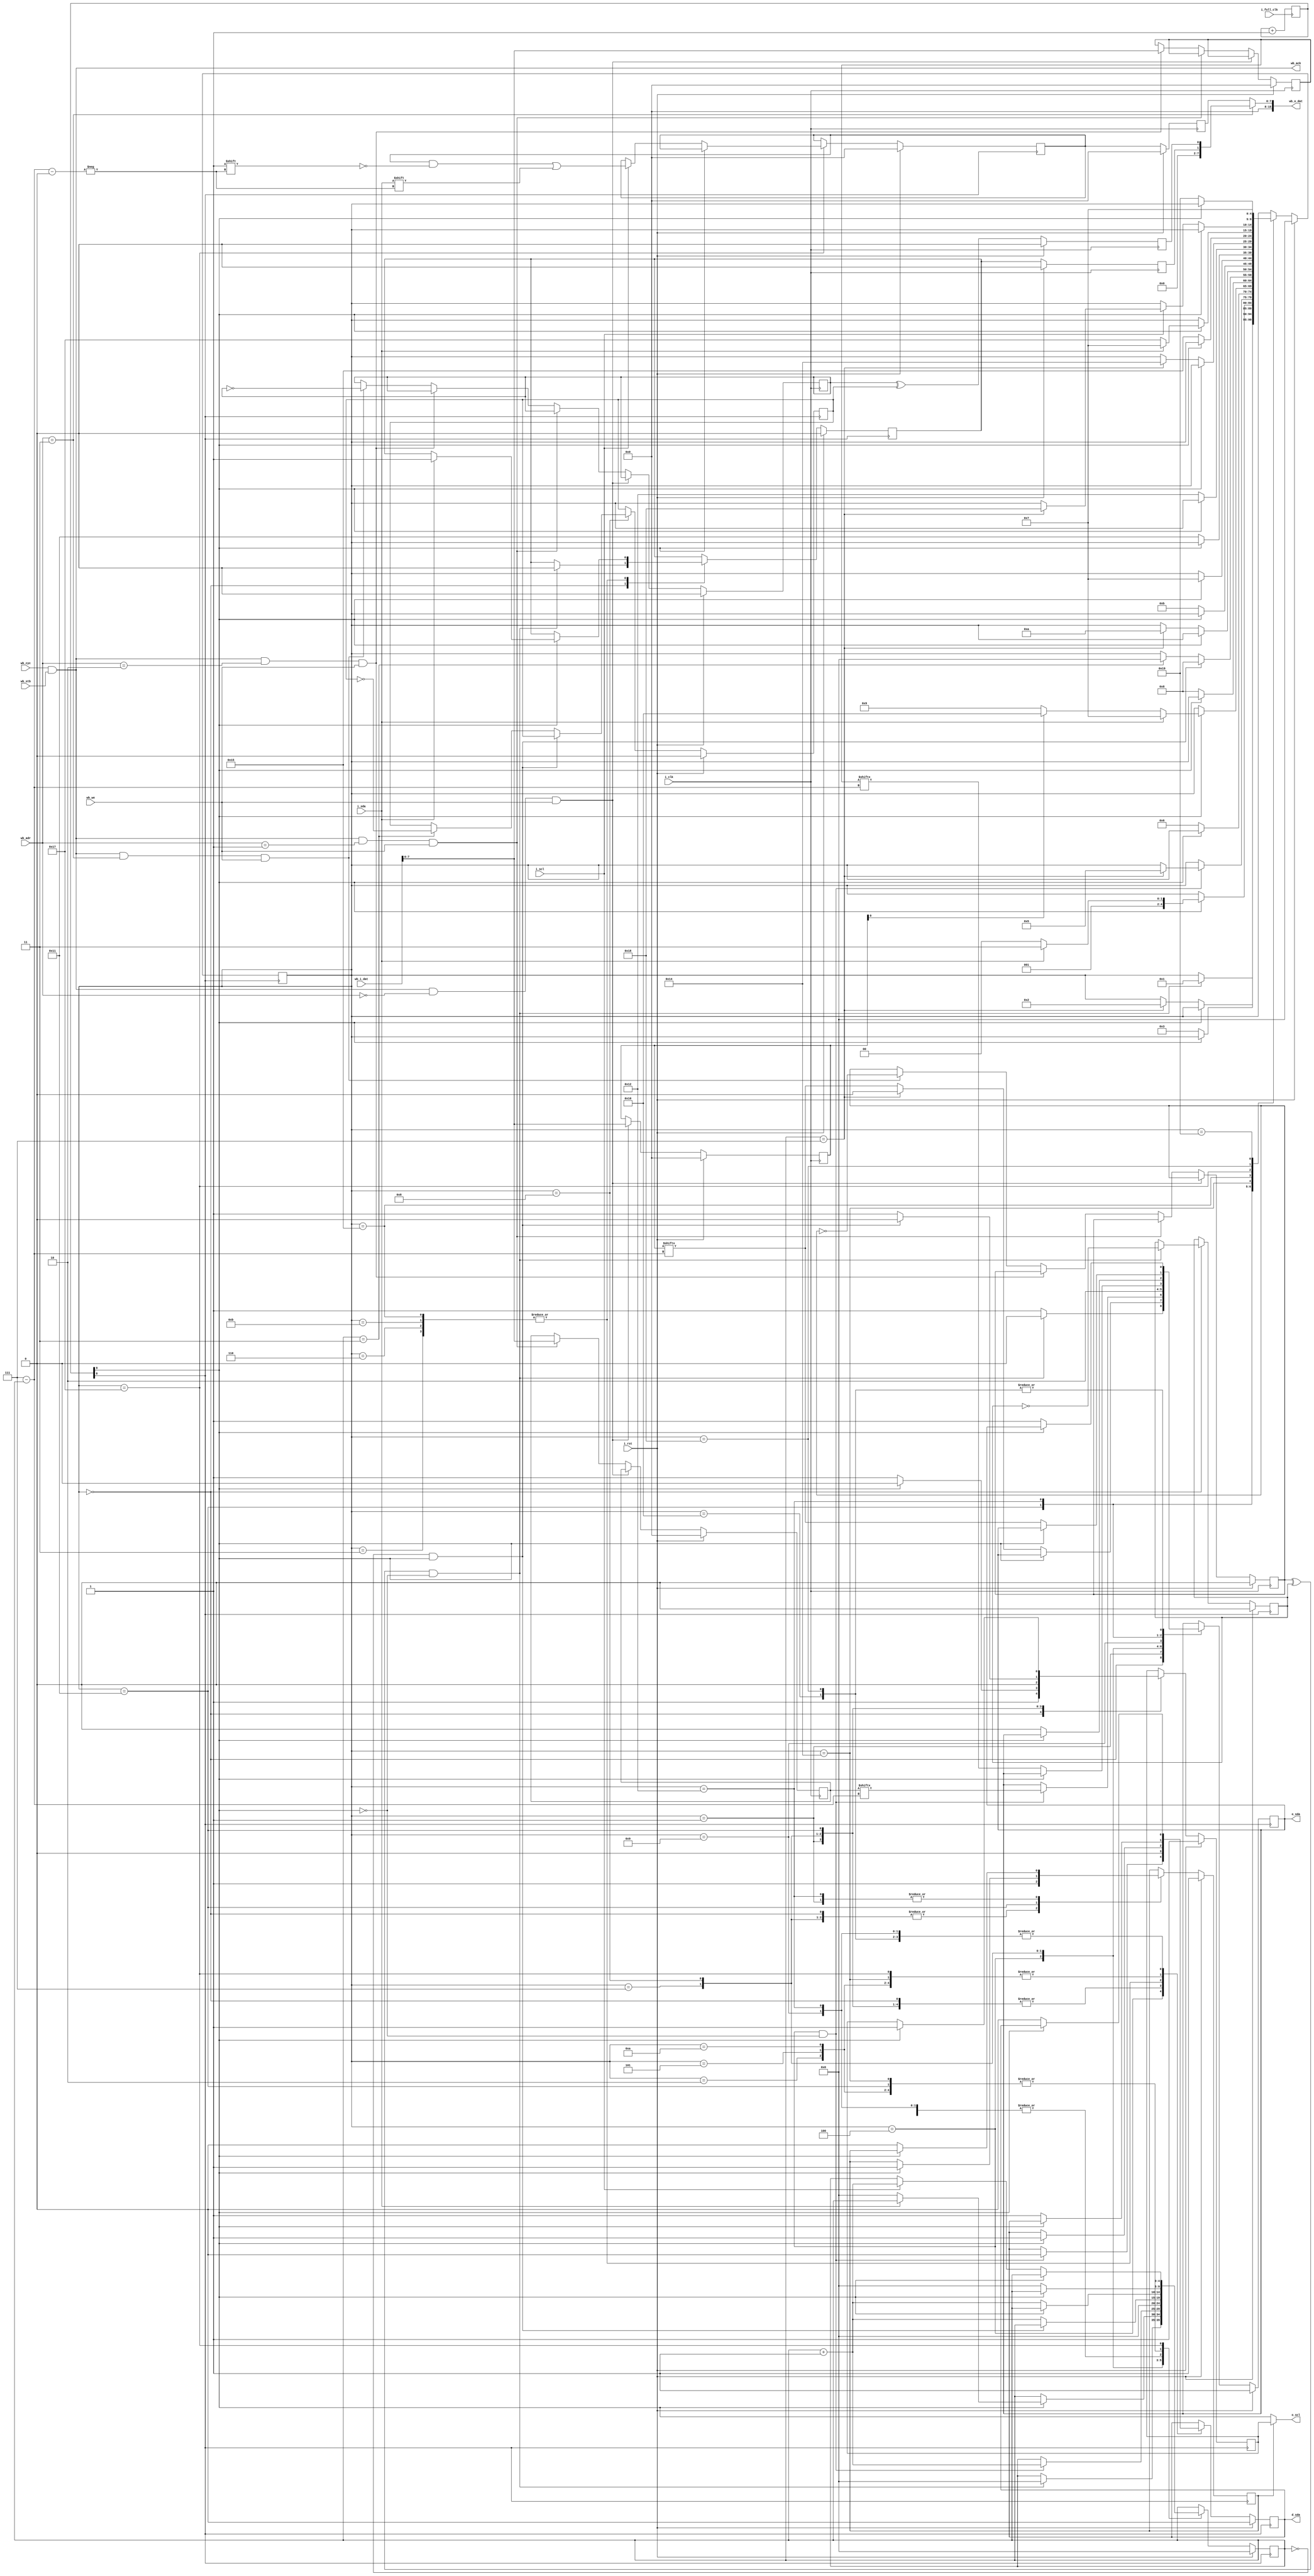
module i2c(
    input i_clk,
    input i_full_clk,
    input i_rst,

    output o_scl,
    input i_scl,
    output reg o_sda,
    input i_sda,
    output reg d_sda,


    input [23:0] wb_adr,
    input wb_cyc,
    input wb_stb,
    output wb_ack,
    input wb_we,
    input [15:0] wb_i_dat,
    output [15:0] wb_o_dat
);

localparam WB_I2C_ADDR = 2'b0;
localparam WB_I2C_REG = 2'b01;
localparam WB_I2C_DATA = 2'b10;
localparam WB_I2C_STATE = 2'b11;

reg [7:0] req_addr, req_reg, req_i_data;
reg start_flag, start_flag_slow;
reg busy_flag, busy_flag_slow;

reg [7:0] data_read;
reg [7:0] data_read_sync;

reg [9:0] clock_cnt;
wire i2c_clock = clock_cnt[9]; // ~ 50 kHz - Arduino I2C cant keep up for longer time with 100 kHz clock
wire i2c_ctl_clock = clock_cnt[8]; // faster control clock to control state both on falling and rising edge
always @(posedge i_full_clk) begin
    clock_cnt <= clock_cnt + 10'b1;
end

reg clock_inhibit, clock_low;

assign o_scl = clock_inhibit ? clock_low  : i2c_clock;

reg [4:0] state;
reg [4:0] cnt;
reg req_error;

always @(negedge i2c_ctl_clock) begin
    if (i_rst) begin
        state <= 5'b0;
        cnt <= 5'b0;
        start_flag_slow <= 1'b0;
        busy_flag_slow <= 1'b0;
        clock_inhibit <= 1'b1;
        req_error <= 1'b0;
        data_read <= 16'b0;

        o_sda <= 1'b1;
        d_sda <= 1'b0;
        clock_low <= 1'b1;
    end else begin
        case (state)
        default: begin end
        5'b0: begin
            o_sda <= 1'b1;
            d_sda <= 1'b0;
            
            clock_inhibit <= 1'b1;
            clock_low <= 1'b1;
            if ((start_flag ^ start_flag_slow) & ~i2c_clock) begin
                o_sda <= 1'b0; // START CONDITION scl & !sda 
                state <= 5'b1;
                cnt <= 5'b0;
                req_error <= 1'b0;
                start_flag_slow <= start_flag_slow ^ 1'b1;
            end
        end
        5'b1: begin
            if (i2c_clock) begin
                d_sda <= 1'b0;
                clock_low <= 1'b0;
            end else begin
                d_sda <= 1'b0;
                clock_low <= 1'b1;
                clock_inhibit <= 1'b0; // first bit should be set after scl falling edge with sda low

                o_sda <= req_addr[5'd7 - cnt];
                cnt <= cnt + 5'b1;
                if (cnt == 5'd7) begin
                    state <= 5'b10;
                    o_sda <= 1'b0; // override last bit to always write in first request
                end
            end
        end
        5'b10: begin
            if (~i2c_clock) begin
                d_sda <= 1'b1; // input ack request
                cnt <= 5'b0;
                state <= 5'b11;
            end
        end
        5'b11: begin
            if (i2c_clock) begin
                d_sda <= 1'b1;
                if (i_sda == 1'b0) begin // sample ACK at rising edge
                    state <= 5'b100;
                    cnt <= 5'b0;
                end else begin
                    req_error <= 1'b1;
                    state <= 5'b111;
                end
            end
        end
        5'b100: begin
            if (state == 5'b100 & ~i2c_clock) begin
                d_sda <= 1'b0;
                o_sda <= req_reg[5'd7 - cnt];
                cnt <= cnt + 5'b1;
                if (cnt == 5'd7) begin
                    state <= 5'b101;
                end
            end
        end
        5'b101: begin
            if (~i2c_clock) begin
                d_sda <= 1'b1; // input ack request
                cnt <= 5'b0;
                state <= 5'b110;
            end
        end 
        5'b110: begin
            if (i2c_clock) begin
                d_sda <= 1'b1;
                if (i_sda == 1'b0) begin // sample ACK at rising edge
                    if (req_addr[0]) begin
                        state <= 5'b10000; // read
                    end else begin
                        state <= 5'b1001; // write
                    end
                end else begin
                    req_error <= 1'b1;
                    state <= 5'b111;
                end
            end
        end
        5'b111: begin
            d_sda <= 1'b0;
            o_sda <= 1'b1;
            clock_inhibit <= 1'b1;
            clock_low <= 1'b0;
            cnt <= 5'b0;
            if (~i2c_clock) begin
                state <= 5'b1000;
            end
        end
        5'b1000: begin
            if (cnt == 5'b0 && i2c_clock) begin // STOP
                d_sda <= 1'b0;
                o_sda <= 1'b0;
                clock_inhibit <= 1'b1;
                clock_low <= 1'b0;
                state <= 5'b1000;
            end else begin // STOP
                d_sda <= 1'b0;
                o_sda <= 1'b0;
                clock_inhibit <= 1'b1;
                clock_low <= 1'b1;
                cnt <= cnt + 5'b1;
                if (cnt == 5'd3) begin
                    state <= 5'b0;
                    busy_flag_slow <= busy_flag_slow ^ 1'b1;
                end
            end
        end
        5'b1001: begin
            if (~i2c_clock) begin
                d_sda <= 1'b0;
                o_sda <= req_i_data[5'd7 - cnt];
                cnt <= cnt + 5'b1;
                if (cnt == 5'd7) begin
                    state <= 5'b1010;
                end
            end
        end
        5'b1010: begin
            if (~i2c_clock) begin
                d_sda <= 1'b1; // input ack request
                cnt <= 5'b0;
                state <= 5'b1011;
            end
        end
        5'b1011: begin
            if (i2c_clock) begin
                d_sda <= 1'b1;
                if (i_sda == 1'b0) begin // sample ACK at rising edge
                    state <= 5'b111;
                end else begin
                    req_error <= 1'b1;
                    state <= 5'b111;
                end
            end
        end
        5'b10000: begin
            if (~i2c_clock) begin // read - resend start signal
                d_sda <= 1'b0;
                o_sda <= 1'b1;
                state <= 5'b10001;
            end
        end
        5'b10001: begin
            if (i2c_clock) begin
                d_sda <= 1'b0;
                clock_inhibit <= 1'b1;
                clock_low <= 1'b1;
            end else begin
                d_sda <= 1'b0;
                o_sda <= 1'b0;
                state <= 5'b10010;
                cnt <= 5'b0;
            end
        end
        5'b10010: begin
            if (~i2c_clock) begin // read - send address (2nd time)
                clock_inhibit <= 1'b0; 
                d_sda <= 1'b0;
                o_sda <= req_addr[5'd7 - cnt];
                cnt <= cnt + 5'b1;
                if (cnt == 5'd7) begin
                    state <= 5'b10100;
                end
            end
        end
        5'b10100: begin
            if (~i2c_clock) begin
                d_sda <= 1'b1; // input ack request
                cnt <= 5'b0;
                state <= 5'b10101;
            end 
        end
        5'b10101: begin
            if (i2c_clock) begin
                d_sda <= 1'b1;
                if (i_sda == 1'b0) begin // sample ACK at rising edge
                    state <= 5'b10111;
                end else begin
                    req_error <= 1'b1;
                    state <= 5'b111;
                end
            end
        end
        5'b10111: begin
            if (~i2c_clock) begin // sample data from device
                d_sda <= 1'b1;
                // detect clock streching (clock 1 state is pull-up, clock here should be 1, 
                // but device can pull it low if it is busy and we need to wait for response).
                if (i_scl) begin 
                    data_read[5'd7-cnt] <= i_sda;
                    cnt <= cnt + 5'b1;
                    if (cnt == 5'd7) begin
                        state <= 5'b11000;
                    end
                end
            end
        end
        5'b11000: begin
            if (~i2c_clock) begin
                d_sda <= 1'b0;
                o_sda <= 1'b1; // NACK byte read = end of transmision
                state <= 5'b11001;
            end
        end
        5'b11001: begin
            state <= 5'b111; // stop after clock edge
        end
    endcase
    end
end

reg req_err_sync, req_busy_sync;
always @(posedge i_clk) begin
    if (i_rst) begin
        req_addr <= 8'b0;
        req_reg <= 8'b0;
        req_i_data <= 8'b0;
        start_flag <= 1'b0;
        busy_flag <= 1'b0;
        data_read_sync <= 8'b0;
        req_err_sync <= 1'b0;
        req_busy_sync <= 1'b0;
    end else if (wb_cyc & wb_stb & (wb_adr == WB_I2C_ADDR) & wb_we) begin
        req_addr <= wb_i_dat[7:0];
    end else if (wb_cyc & wb_stb & (wb_adr == WB_I2C_REG) & wb_we) begin
        req_reg <= wb_i_dat[7:0];
    end else if (wb_cyc & wb_stb & (wb_adr == WB_I2C_DATA) & wb_we) begin
        req_i_data <= wb_i_dat[7:0];
    end else if (wb_cyc & wb_stb & (wb_adr == WB_I2C_STATE) & wb_we) begin
        start_flag <= start_flag ^ 1'b1;
        busy_flag <= busy_flag ^ 1'b1;
    end

    if (!i_rst) begin
        data_read_sync <= data_read;
        req_err_sync <= req_error;
        req_busy_sync <= busy_flag ^ busy_flag_slow;
    end
end

assign wb_o_dat = ((wb_adr == WB_I2C_STATE) ? {14'b0, req_err_sync, req_busy_sync} : data_read_sync);
assign wb_ack = wb_cyc & wb_stb;

endmodule